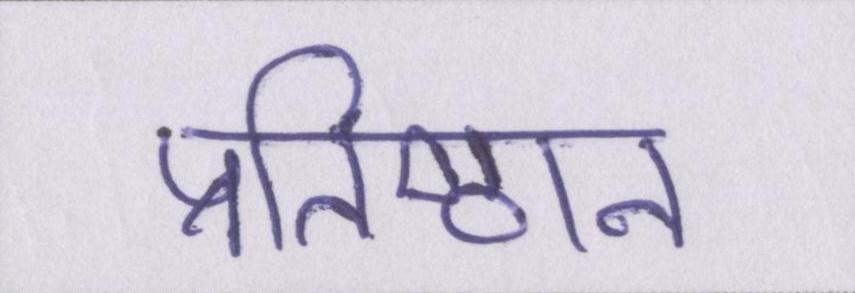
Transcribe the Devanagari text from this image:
प्रतिष्ठान